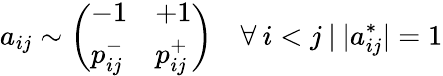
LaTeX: a_{ij}\sim\left(\begin{array}{ll}{-1}&{+1}\\ {p_{ij}^{-}}&{p_{ij}^{+}}\end{array}\right)\quad\forall\: i<j\: |\: |a_{ij}^{*}|=1